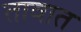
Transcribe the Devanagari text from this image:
तावात